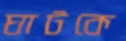
ঘাটকে